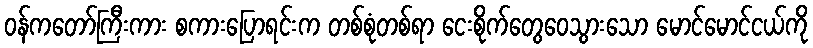
ဝန်ကတော်ကြီးကား စကားပြောရင်းက တစ်စုံတစ်ရာ ငေးစိုက်တွေဝေသွားသော မောင်မောင်ငယ်ကို